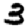
Digit: 3